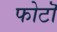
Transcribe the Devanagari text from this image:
फोटॊ